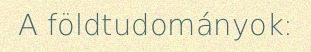
A földtudományok: